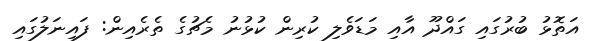
އަތޮޅު ބުރުގައި ގައްދޫ އާއި މަޑަވެލި ކުރިން ކުޅުނު މެޗުގެ ތެރެއިން: ފައިނަލުގައި